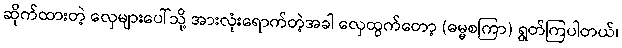
ဆိုက်ထားတဲ့ လှေများပေါ်သို့ အားလုံးရောက်တဲ့အခါ လှေထွက်တော့ (ဓမ္မစကြာ) ရွတ်ကြပါတယ်၊